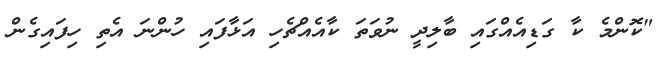
"ކޮންމެ ކާ ގަޑިއެއްގައި ބާލިދީ ނުވަތަ ކާއެއްޗެހި އަޅާފައި ހުންނަ އެތި ހިފައިގެން